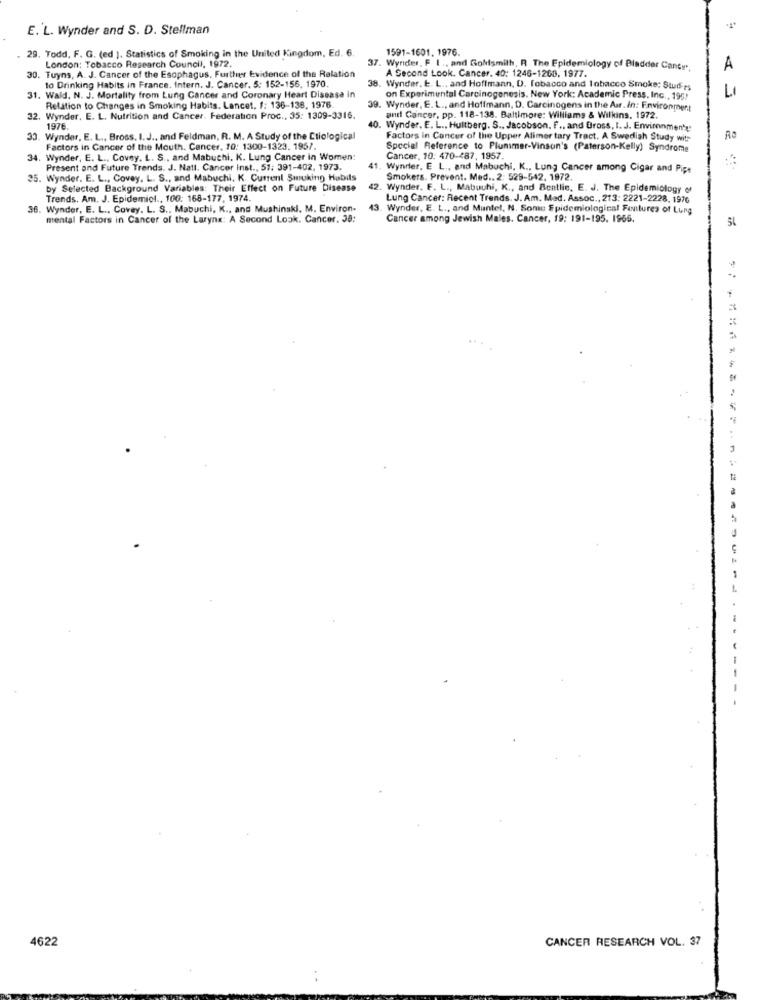
E. L. Wynder and S. D. Stellman
1591-1601. 1976.
29. Todd, F. G. (ed ). Statistics of Smoking in the United Kingdom, Ed. 6.
London: Tobacco Research Council, 1972.
37. Wyrider, F I ., and Golfsmith, R The Epidemiology of Bladder Cants ..
A
30. Tuyns, A. J. Cancer of the Esophagus, Further Evidence of the Ralation
to Drinking Habits in France. Intern. J. Cancer. 5: 152-156, 1970.
A Second Look. Cancer. 40: 1246-1260, 1977.
38. Wynder. E. L ., and Hoffmann, D. Tobacco and lobacco Smoke: Studies
31. Wald, N. J. Mortality from Lung Cancer and Coronary Heart Disease in
on Experimental Carcinogenesis. New York: Academic Press. Inc ., 195)
Relation to Changes in Smoking Habits. Lancet. f: 136-138, 1976
39. Wynder, E. L ., and Hoffmann, D. Carcinogens in the Air. In: Environment
32. Wynder, E. L. Nutrition and Cancer. Federation Proc ., 35: 1309-3316.
and Cancer, pp. 118-138. Baltimore: Williams & Wilkins. 1972.
1976
0. Wynder. E. L ., Hultberg. S .. Jacobson. F ., and Gross, t. J. Environments
33.
Wynder, E. L ., Bross. I. J ., and Feldman, R. M. A Study of the Ctiological
Factors in Cancer of the Upper Alimer tary Tract. A Swedish Study with
Ro
Factors in Cancer of the Mouth. Cancer, 10: 1300-1323. 1957.
Special Reference to Plummer-Vinson's (Paterson-Kelly) Syndrome
34.
34. Wynder, E. L ., Covey. L. S ., and Mabuchi. K. Lung Cancer in Women:
Cancer, 10: 470-487, 1957.
Present and Future Trends. J. Natl. Cancer Inst ., 51: 391-402, 1973.
Wynrier, E L ., and Mabuchi, K ., Lung Cancer among Cigar and Pipe
25. Wynder. E. L ., Covey. L. S ., and Mabuchi. K. Current Smuking Habils
Smokers. Prevent. Med .. 2: 529-542, 1972.
by Selected Background Variables: Their Effect on Future Disease
42.
Wynder. F. L ., Mabuuhi, K ., and Bentlie, E. J. The Epidemiology of
Trends. Am. J. Epidemiol ., 100: 168-177, 1974.
Lung Cancer: Recent Trends. J. Am. Med. Assoc ., 213: 2221-2228, 1976
36. Wynder, E. L ., Covey. L. S ., Mabuchi, K ., and Mushinakl. M. Environ-
43.
Wynder, E. L ., and Muntel, N. Some Epidemiologien! Futures of Lung
mental Factors in Cancer of the Larynx: A Second Look. Cancer. 38;
Cancer among Jewish Males. Cancer, 19: 191-195. 1966.
54
:
4622
CANCER RESEARCH VOL. 37